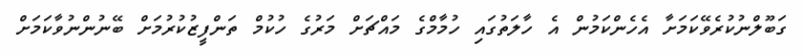
ގަބޫލްނުކުރެވޭކަމަށާ އެހެންކަމުން އެ ހާލަތުގައި ހުމާމްގެ މައްޗަށް މަރުގެ ހުކުމް ތަންފީޒުކުރުމަށް ބޭނުންނުވާކަމަށް